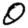
Digit: 0